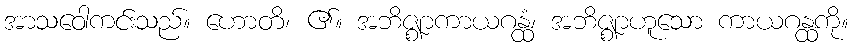
အာသဝေါကင်းသည်။ ဟောတိ၊ ၏။ အဘိဇ္ဈာကာယဂန္ထံ၊ အဘိဇ္ဈာဟူသော ကာယဂန္ထကို။